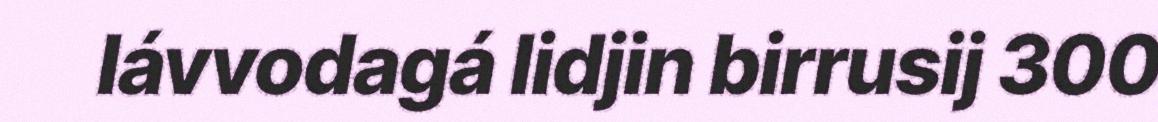
lávvodagá lidjin birrusij 300